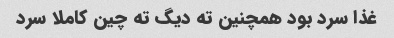
غذا سرد بود همچنین ته دیگ ته چین کاملا سرد